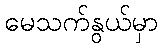
မေသက်နွယ်မှာ